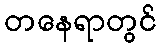
တနေရာတွင်